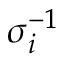
\sigma _ { i } ^ { - 1 }